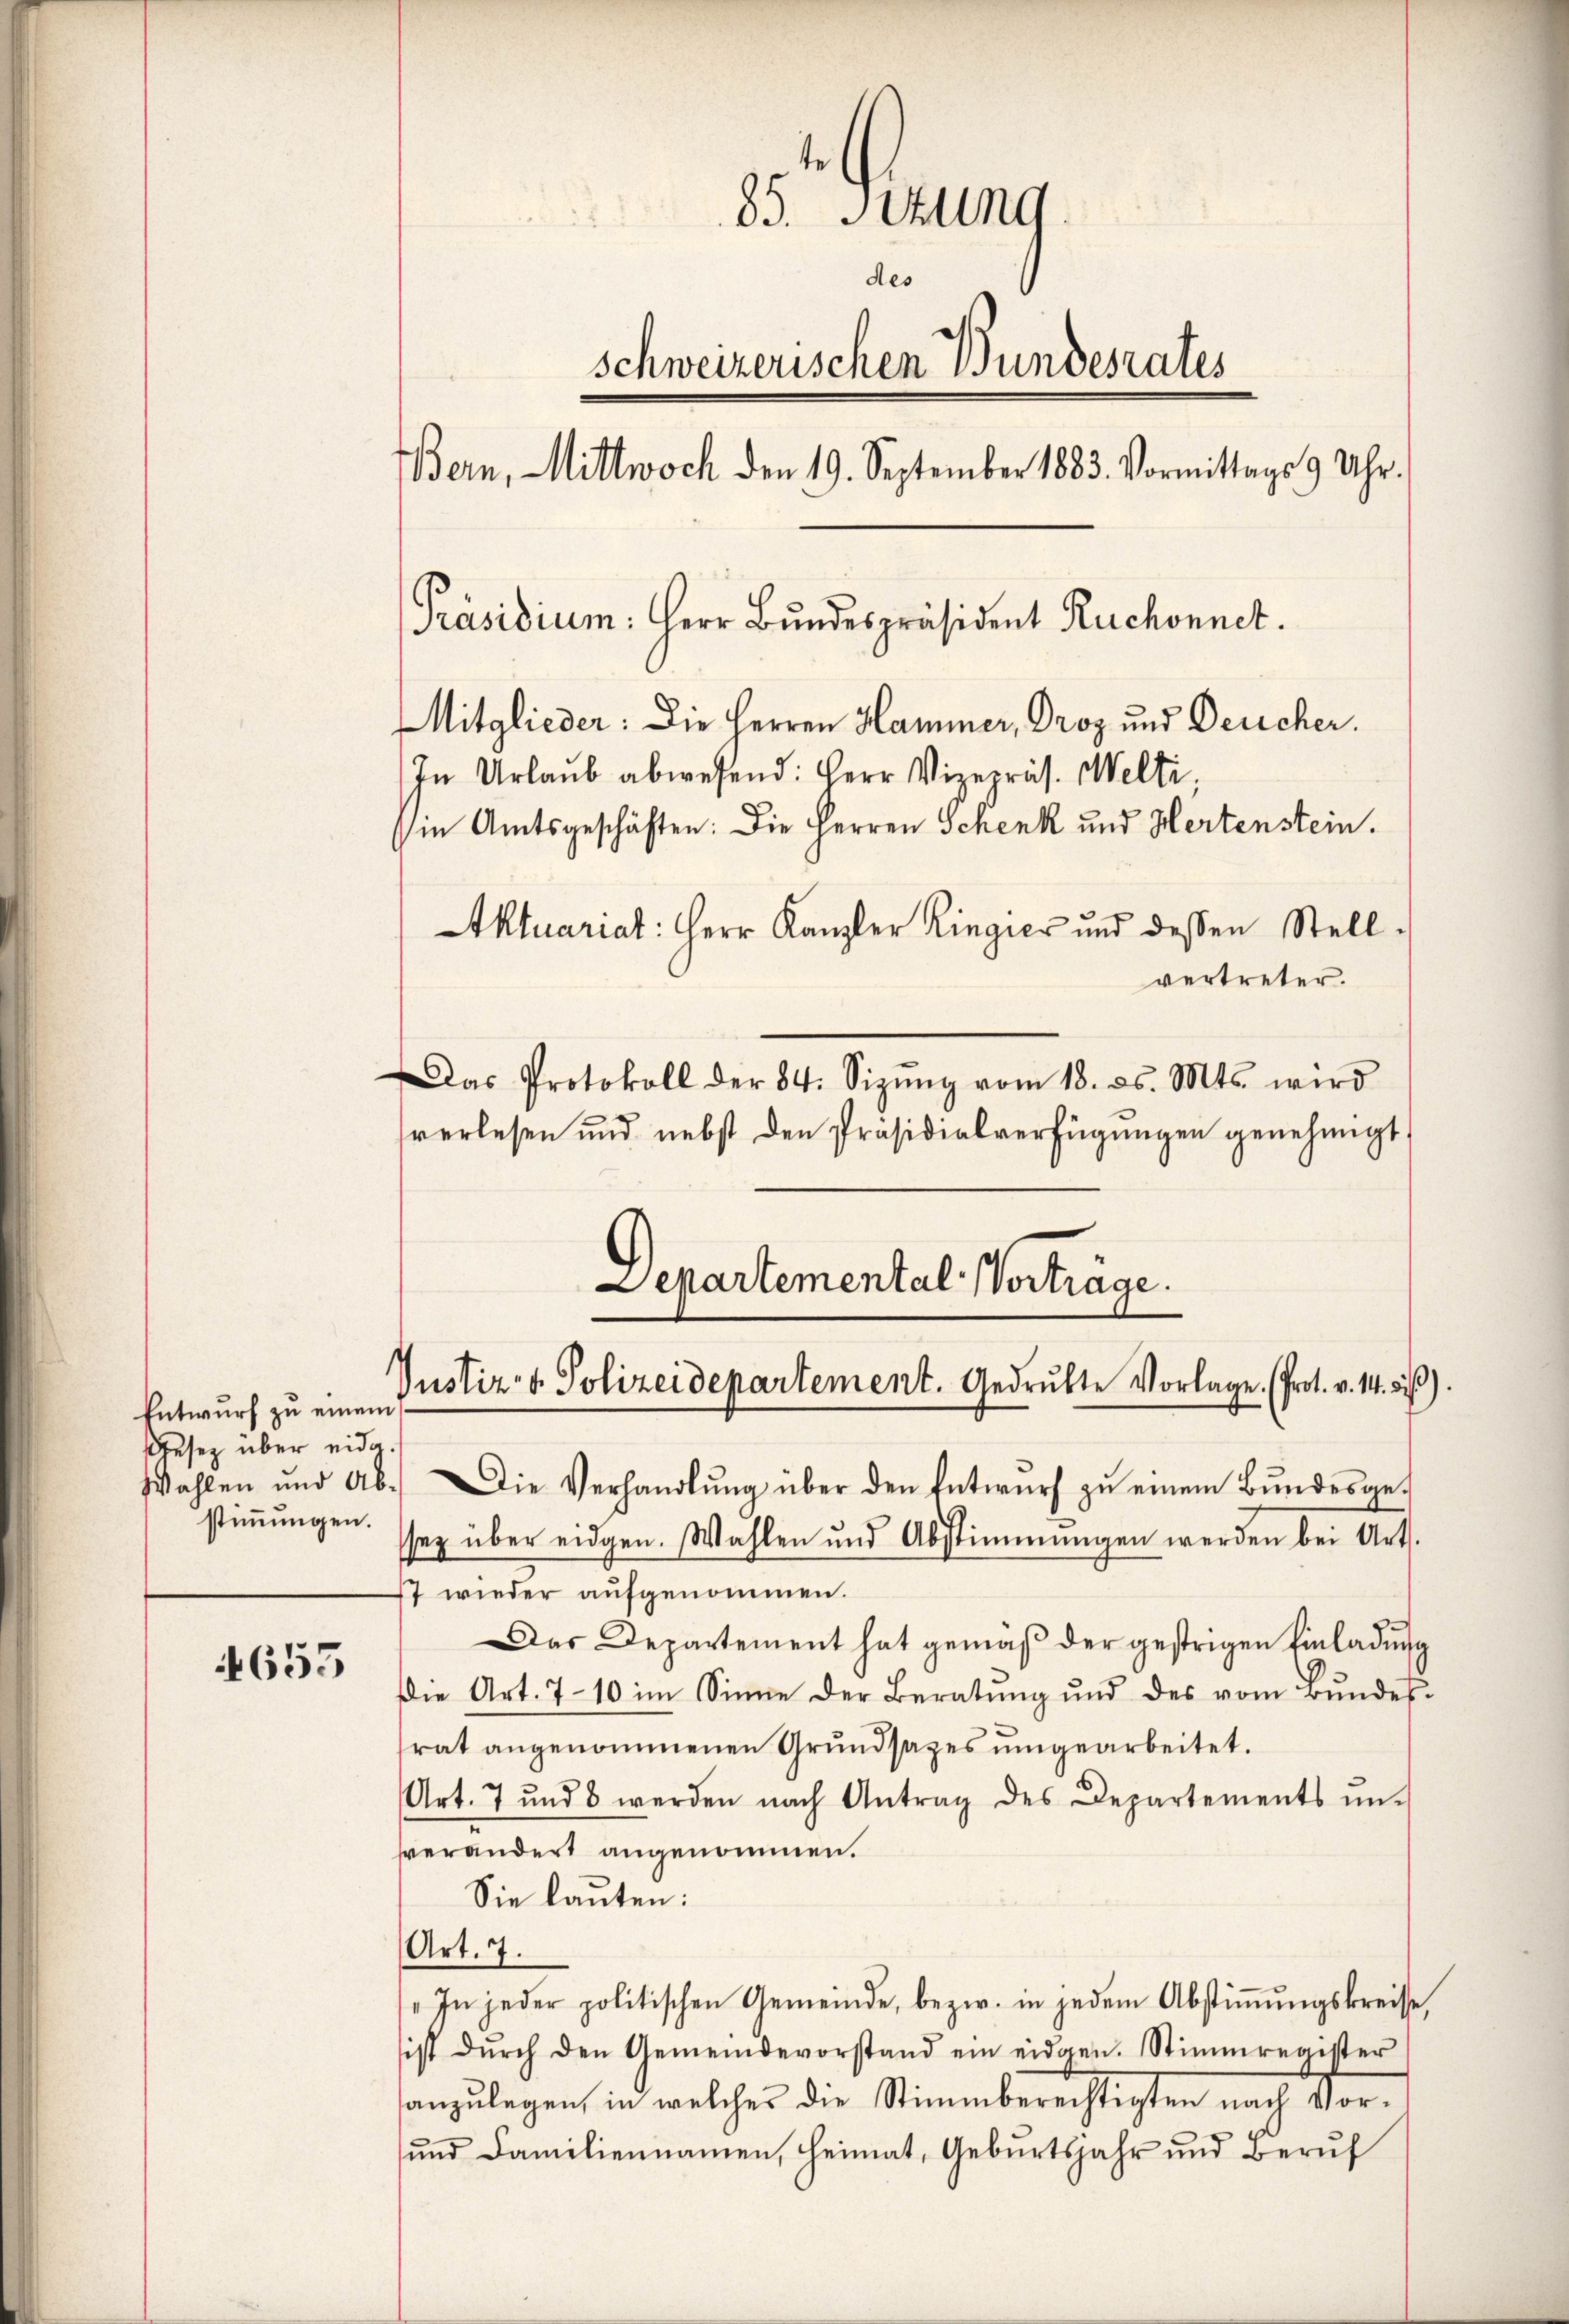
Entwurf zu einem
Gesetz über eidg.
stimmungen.

655

85. Sitzung
des
schweizerischen Bundesrates
Bern, Mittwoch den 19. September 1883. Vormittags 9 Uhr.
[Präsidium: Herr Bundespräsident Ruchonnet.
Mitglieder: Die Herren Hammer, Droz und Deucher.
In Urlaŭb abwesend: Herr Vizepräs. Welti,
(in Amtsgeschäften: Die Herren Schenk und Hertenstein.
Aktuariat: Herr Kanzler Ringier und dessen Stell-
vertreter.
Das Protokoll der 84. Sizŭng vom 18. ds. Mts. wird

verlesen und nebst den Präsidialverfügungen genehmigt,
Wahlen und Ab. Die Verhandlŭng über den Entwŭrf zŭ einem Bŭndesge-
sez über eidgen. Wahlen und Abstimmungen werden bei Art.
7 wieder aufgenommen.
Das Departement hat gemäß der gestrigen Einladung
die Art. 710 im Sinne der Beratŭng und des vom Bŭndes-
rat angenommenen Grundsazes umgearbeitet.
Art. 7 und 8 werden nach Antrag des Departements ŭn-
sverändert angenommen.
Sie lauten:
Art. 7.
„In jeder politischen Gemeinde, bezw. in jedem Abstiṁŭngskreise,
ist dŭrch den Gemeindevorstand ein eidgen. Stimmregister
anzulegen, in welcher die Stimmberechtigten nach Vor¬
und Familiennamen, heimat, Geburtsjahr und Beruf

Departemental Vorträge.
Justiz- & Polizeidepartement. Gedrukte Vorlage. (Prot. v. 14. dis).